Vaccine operations Central Provinces 1868-1885 - 1868-1885
Year: 1868
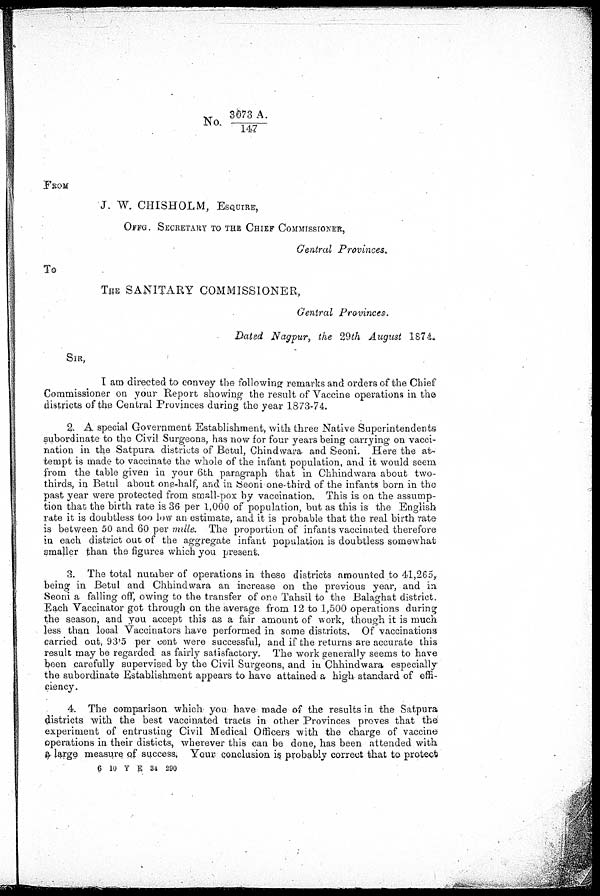
No. 3073 A./147
FROM
J. W. CHISHOLM, ESQUIRE,
OFFG. SECRETARY TO THE CHIEF COMMISSIONER,
Central Provinces.
To
THE SANITARY COMMISSIONER,
Central Provinces.
Dated Nagpur, the 29th August 1874.
SIR,
I am directed to convey the following remarks and orders of the Chief
Commissioner on your Report showing the result of Vaccine operations in the
districts of the Central Provinces during the year 1873-74.
2. A special Government Establishment, with three Native Superintendents
subordinate to the Civil Surgeons, has now for four years being carrying on vacci-
nation in the Satpura districts of Betul, Chindwara and Seoni. Here the at-
tempt is made to vaccinate the whole of the infant population, and it would seem
from the table given in your 6th paragraph that in Chhindwara about two-
thirds, in Betul about one-half, and in Seoni one-third of the infants born in the
past year were protected from small-pox by vaccination. This is on the assump-
tion that the birth rate is 36 per 1,000 of population, but as this is the English
rate it is doubtless too low an estimate, and it is probable that the real birth rate
is between 50 and 60 per mille. The proportion of infants vaccinated therefore
in each district out of the aggregate infant population is doubtless somewhat
smaller than the figures which you present.
3. The total number of operations in these districts amounted to 41,265,
being in Betul and Chhindwara an increase on the previous year, and in
Seoni a falling off, owing to the transfer of one Tahsil to the Balaghat district.
Each Vaccinator got through on the average from 12 to 1,500 operations during
the season, and you accept this as a fair amount of work, though it is much
less than local Vaccinators have performed in some districts. Of vaccinations
carried out, 93.5 per cent were successful, and if the returns are accurate this
result may be regarded as fairly satisfactory. The work generally seems to have
been carefully supervised by the Civil Surgeons, and in Chhindwara especially
the subordinate Establishment appears to have attained a high standard of effi-
ciency.
4. The comparison which you have made of the results in the Satpura
districts with the best vaccinated tracts in other Provinces proves that the
experiment of entrusting Civil Medical Officers with the charge of vaccine
operations in their disticts, wherever this can be done, has been attended with
a large measure of success, Your conclusion is probably correct that to protect
6 10 Y E 34 290